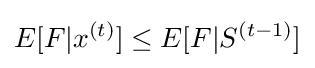
E[F|x^{(t)}]\leq E[F|S^{(t-1)}]